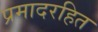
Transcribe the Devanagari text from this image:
प्रमादरहित